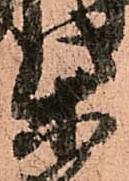
柴